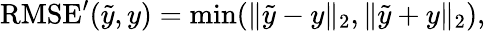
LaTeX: \begin{array}{r}{\mathrm{RMSE}^{\prime}(\tilde{y},y)=\operatorname*{min}(\lVert\tilde{y}-y\rVert_{2},\lVert\tilde{y}+y\rVert_{2}),}\end{array}